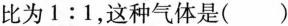
比为1:1，这种气体是（）